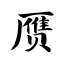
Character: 赝